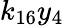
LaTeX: k_{16}y_{4}